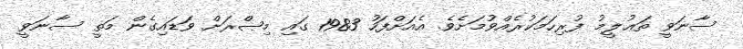
ސާނަވީ ތަޢުލީމު ފުރިހަމަކުރެއްވުމަށެވެ. އެއަށްފަހު 1983 ގައި މިޞްރަށް ވަޑައިގެން މަތީ ސާނަވީ